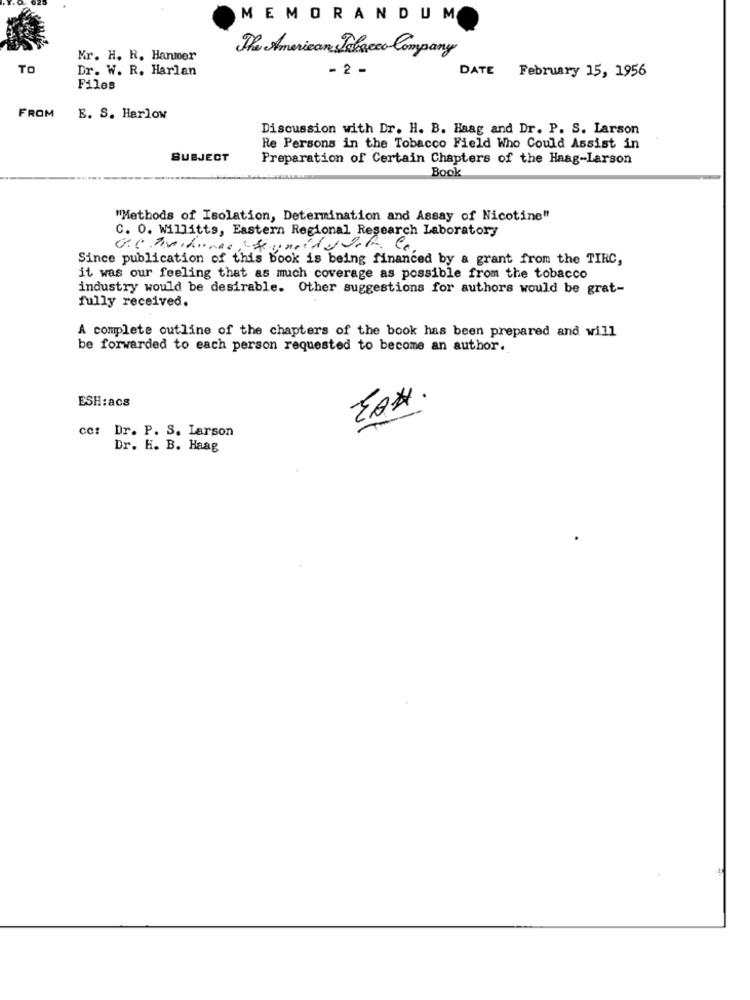
MEMORANDUM
The American Tobacco Company
Mr. H. R. Hanmer
TO
Dr. W. R. Harlan
- 2 -
DATE
February 15, 1956
Files
FROM
E. S. Harlow
Discussion with Dr. H. B. Haag and Dr. P. S. Larson
Re Persons in the Tobacco Field Who Could Assist in
SUBJECT
Preparation of Certain Chapters of the Haag-Larson
Book
"Methods of Isolation, Determination and Assay of Nicotine"
C. O. Willitts, Eastern Regional Research Laboratory
Since publication of this book is being financed by a grant from the TIRC,
it was our feeling that as much coverage as possible from the tobacco
industry would be desirable. Other suggestions for authors would be grat-
fully received.
A complete outline of the chapters of the book has been prepared and will
be forwarded to each person requested to become an author.
ESH:acs
EAN .
cc: Dr. P. S. Larson
Dr. H. B. Haag